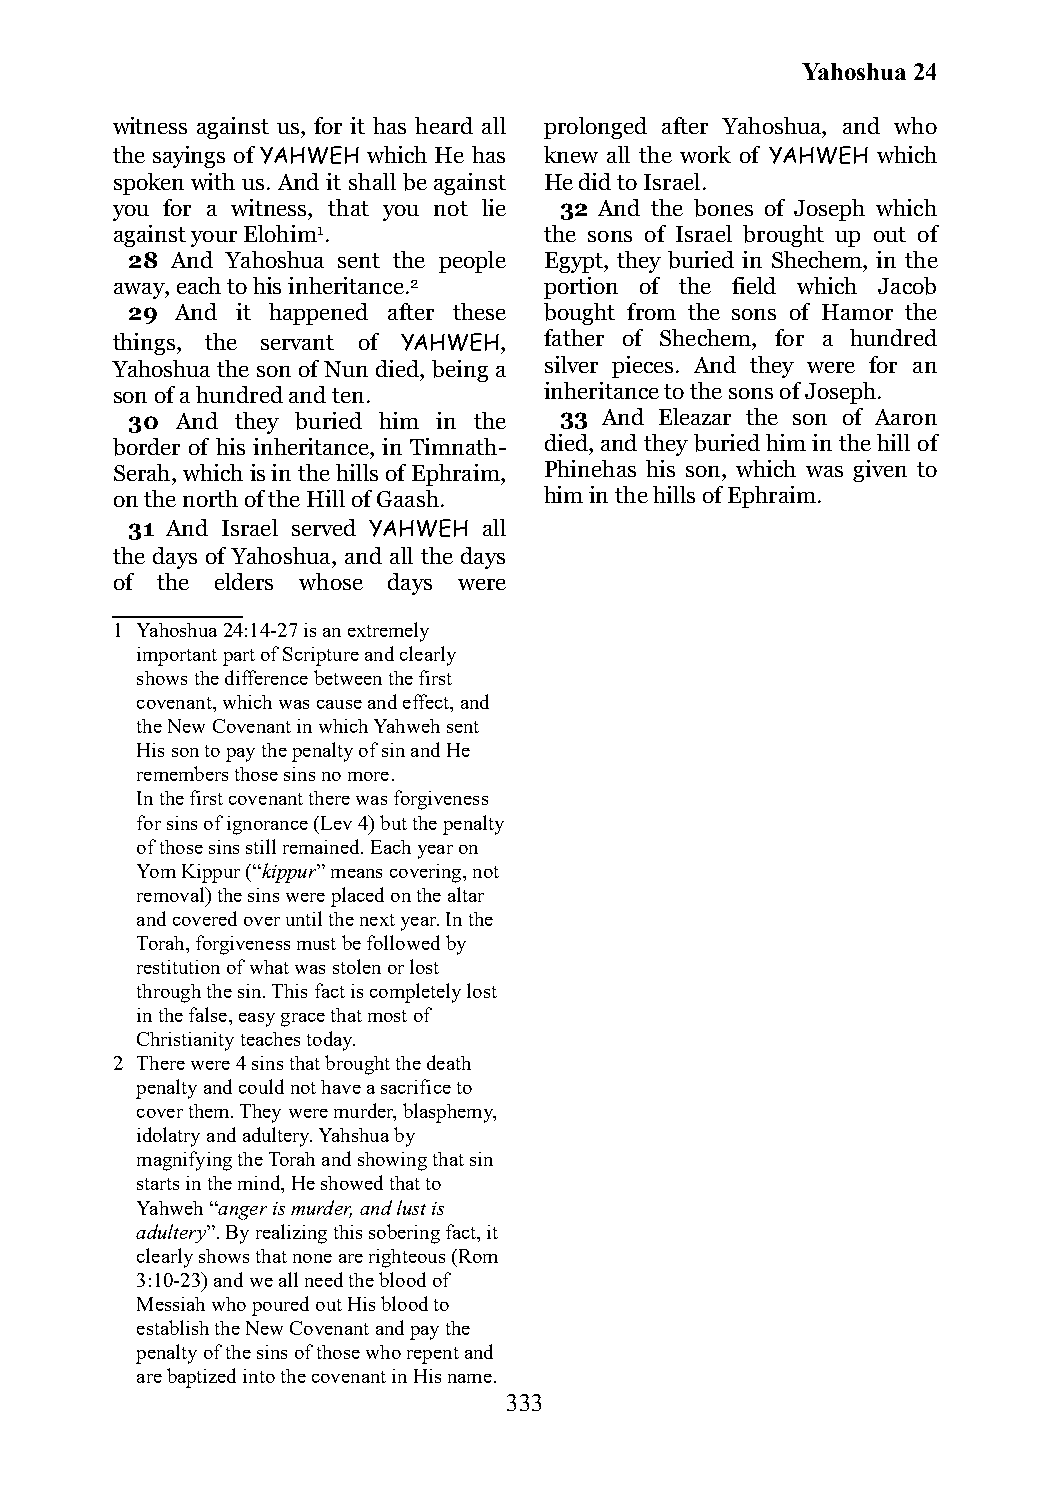
Yahoshua 24
 witness against us, for it has heard all prolonged after Yahoshua, and who
 the sayings of YAHWEH which He has knew all the work of YAHWEH which
 spoken with us. And it shall be against He did to Israel.
 you for a witness, that you not lie 32 And the bones of Joseph which
 against your Elohim1.        the sons of Israel brought up out of
 28 And Yahoshua sent the people Egypt, they buried in Shechem, in the
 away, each to his inheritance.2 portion of the field which Jacob
 29  And it happened after these bought from the sons of Hamor the
 things, the servant of YAHWEH, father of Shechem, for a hundred
 Yahoshua the son of Nun died, being a silver pieces. And they were for an
 son of a hundred and ten.    inheritance to the sons of Joseph.
 30  And they buried him in the 33 And Eleazar the son of Aaron
 border of his inheritance, in Timnath- died, and they buried him in the hill of
 Serah, which is in the hills of Ephraim, Phinehas his son, which was given to
 on the north of the Hill of Gaash. him in the hills of Ephraim.
 31 And Israel served YAHWEH all
 the days of Yahoshua, and all the days
 of the elders whose days were
 1 Yahoshua 24:14-27 is an extremely
 important part of Scripture and clearly
 shows the difference between the first
 covenant, which was cause and effect, and
 the New Covenant in which Yahweh sent
 His son to pay the penalty of sin and He
 remembers those sins no more.
 In the first covenant there was forgiveness
 for sins of ignorance (Lev 4) but the penalty
 of those sins still remained. Each year on
 Yom Kippur (“kippur” means covering, not
 removal) the sins were placed on the altar
 and covered over until the next year. In the
 Torah, forgiveness must be followed by
 restitution of what was stolen or lost
 through the sin. This fact is completely lost
 in the false, easy grace that most of
 Christianity teaches today.
 2 There were 4 sins that brought the death
 penalty and could not have a sacrifice to
 cover them. They were murder, blasphemy,
 idolatry and adultery. Yahshua by
 magnifying the Torah and showing that sin
 starts in the mind, He showed that to
 Yahweh “anger is murder, and lust is
 adultery”. By realizing this sobering fact, it
 clearly shows that none are righteous (Rom
 3:10-23) and we all need the blood of
 Messiah who poured out His blood to
 establish the New Covenant and pay the
 penalty of the sins of those who repent and
 are baptized into the covenant in His name.
 333